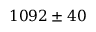
1 0 9 2 \pm 4 0